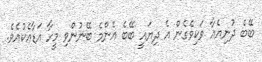
ބޭބެ ދުނިޔެއާ ވަކިވެގެން އެ ދިޔައީ ބޭބެ އެންމެ ބޭނުންވި މީހާ އަޑާއެކުއެވެ.